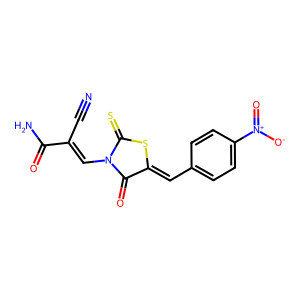
SMILES: N#CC(=CN1C(=O)C(=Cc2ccc([N+](=O)[O-])cc2)SC1=S)C(N)=O
Inhibits HIV replication: No